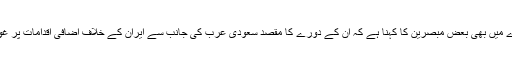
سعودی وزیر دفاع کے دورہ پاکستان کے بارے میں بھی بعض مبصرین کا کہنا ہے کہ ان کے دورے کا مقصد سعودی عرب کی جانب سے ایران کے خلاف اضافی اقدامات پر غور کے لیے پاکستان کی حمایت کا حصول ہے۔